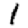
Digit: 1